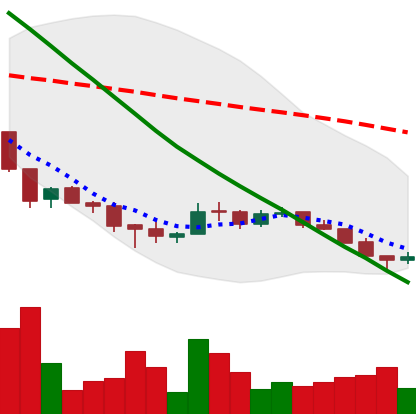
Ticker: ADA-USD
Chart end date: 2018-12-08
Forward return: -4.85%
Label: down_3_5